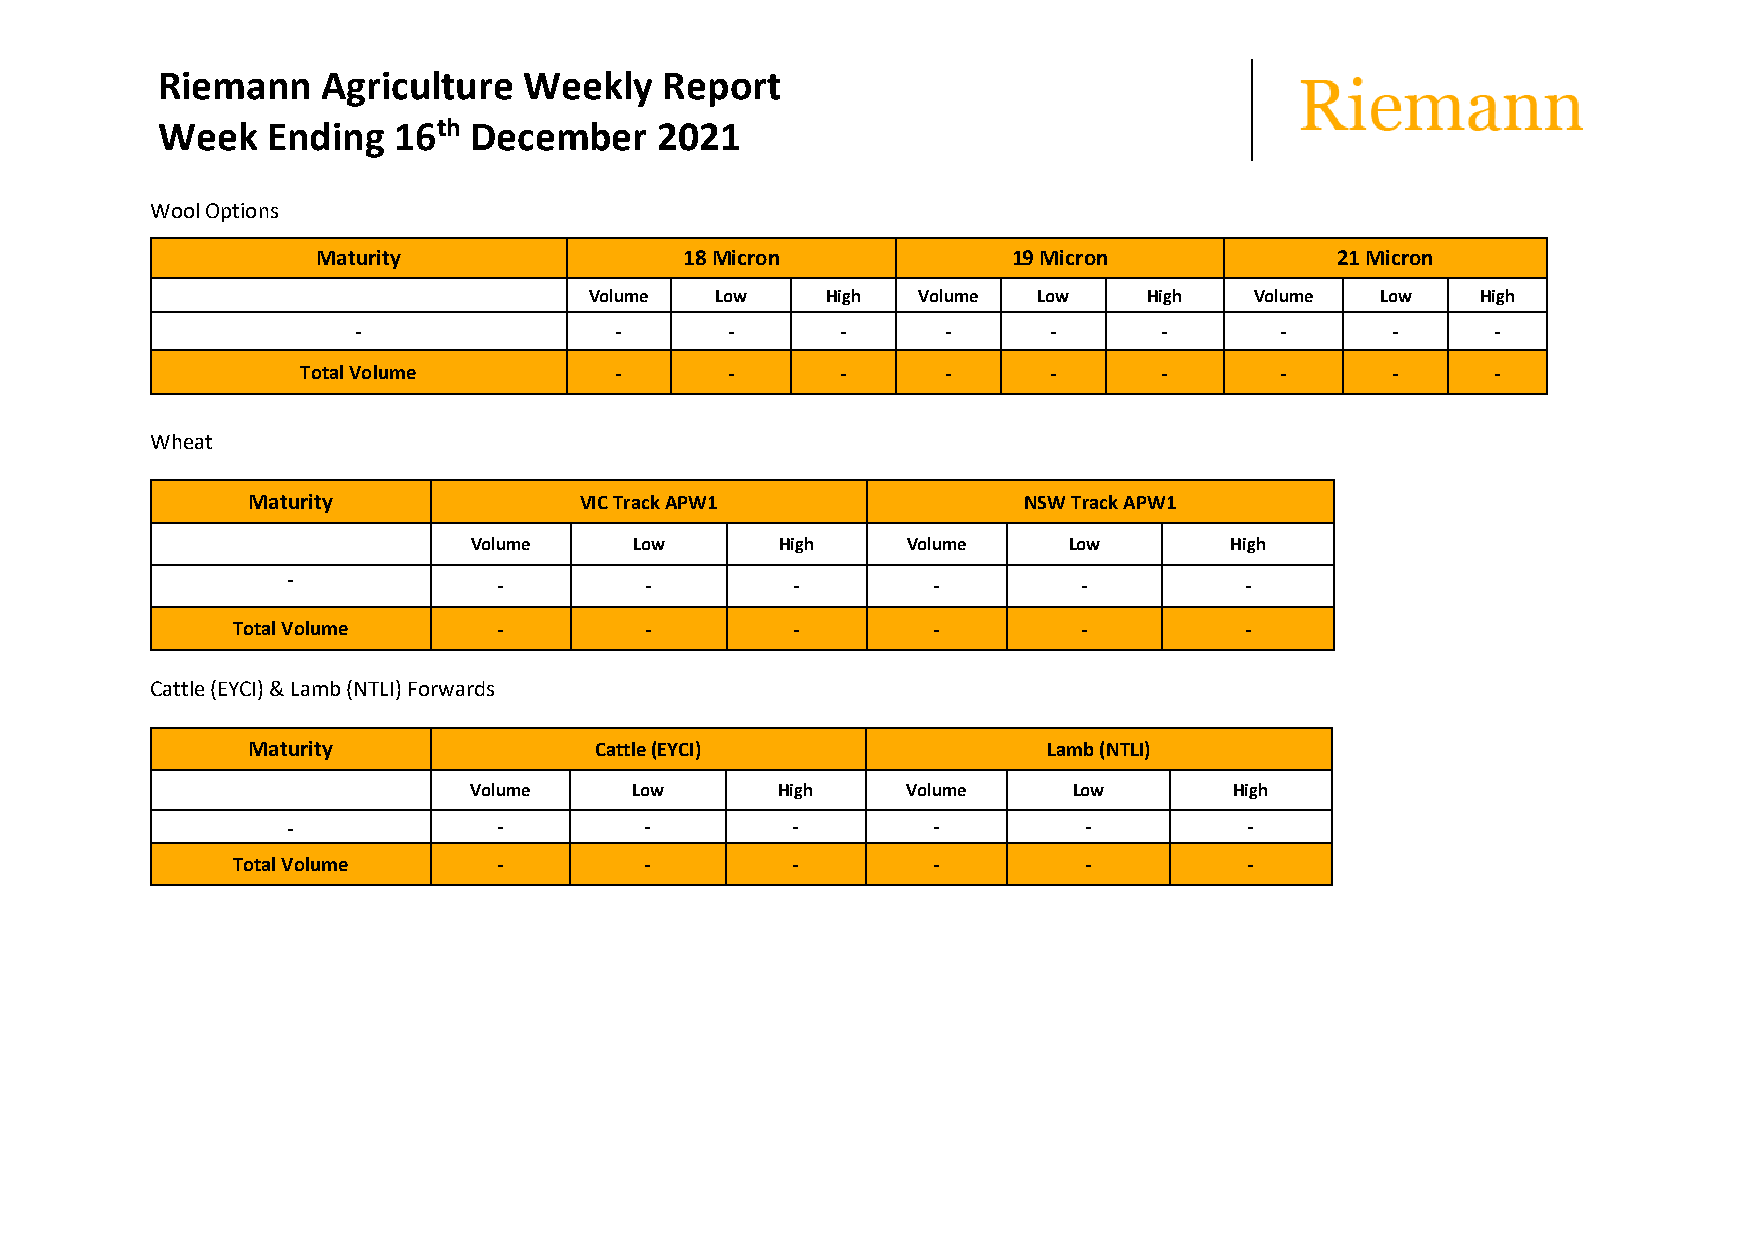
Riemann    Agriculture   Weekly   Report
 Week    Ending  16th December    2021
 Wool Options
 Maturity                18 Micron             19 Micron            21 Micron
 Volume  Low     High  Volume  Low    High   Volume  Low    High
 -                 -      -       -      -     -       -       -      -      -
 Total Volume         -      -       -      -     -       -       -      -      -
 Wheat
 Maturity              VIC Track APW1                NSW Track APW1
 Volume     Low       High    Volume     Low       High
 -
 -         -        -         -         -         -
 Total Volume      -         -        -         -         -         -
 Cattle (EYCI) & Lamb (NTLI) Forwards
 Maturity               Cattle (EYCI)                 Lamb (NTLI)
 Volume     Low      High     Volume     Low        High
 -             -         -        -         -         -          -
 Total Volume      -         -        -         -         -          -